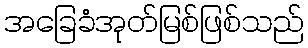
အခြေခံအုတ်မြစ်ဖြစ်သည်